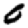
Digit: 0